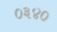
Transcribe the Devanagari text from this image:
०३४०